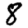
Digit: 8